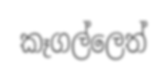
කෑගල්ලෙත්